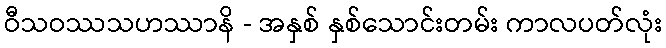
ဝီသဝဿသဟဿာနိ - အနှစ် နှစ်သောင်းတမ်း ကာလပတ်လုံး